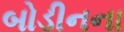
બોડીનના